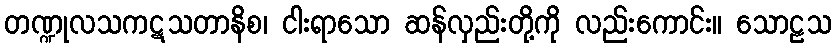
တဏ္ဍုလသကဋသတာနိစ၊ ငါးရာသော ဆန်လှည်းတို့ကို လည်းကောင်း။ သောဠသ